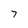
Character: 7